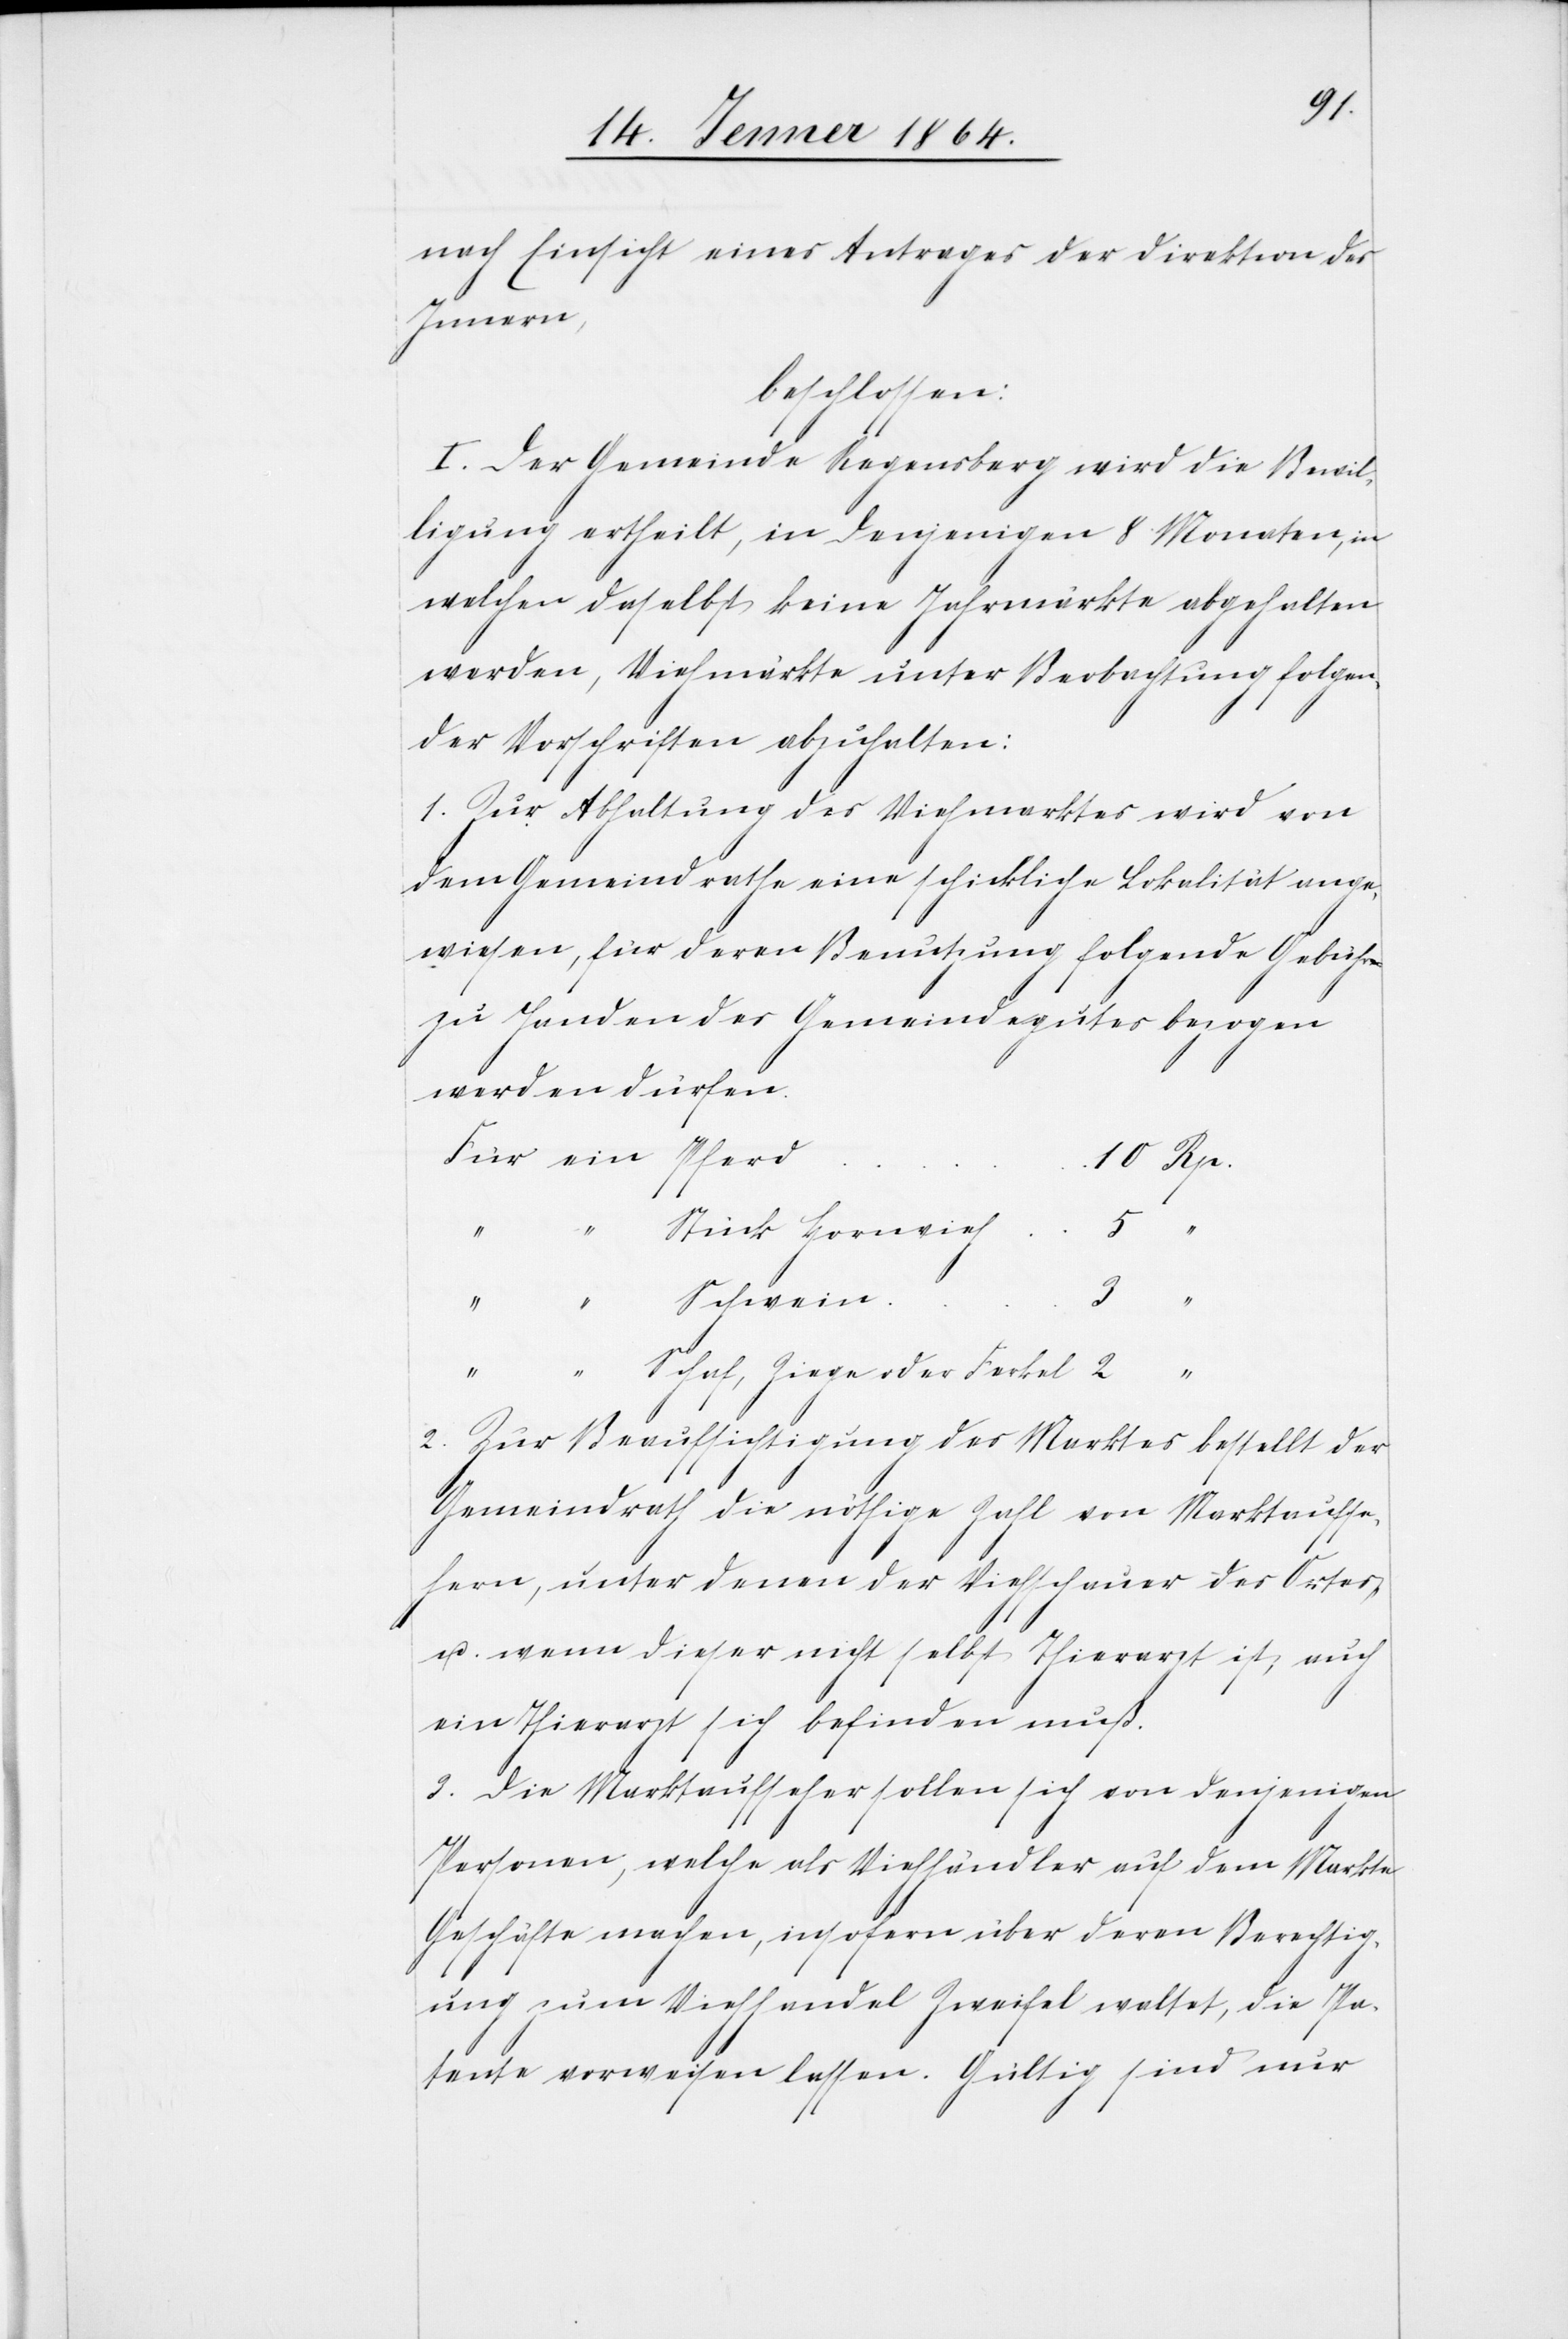
nach Einsicht eines Antrages der Direktion des
Innern,
beschlossen:
I. Der Gemeinde Regensberg wird die Bewil¬
ligung ertheilt, in denjenigen 8 Monaten, in
welchen daselbst keine Jahrmärkte abgehalten
werden, Viehmärkte unter Beobachtung folgen¬
der Vorschriften abzuhalten:
1. Zur Abhaltung des Viehmarktes wird von
dem Gemeindrathe eine schickliche Lokalität ange¬
wiesen, für deren Benutzung folgende Gebühren
zu Handen des Gemeindegutes bezogen
werden dürfen.
Für ein 	Pfer¬
d	10 Rp.
5 “
2. Zur Beaufsichtigung des Marktes bestellt der
Gemeindrath die nöthige Zahl von Marktaufse¬
hern, unter denen der Viehschauer des Ortes
u. wenn dieser nicht selbst Thierarzt ist, auch
ein Thierarzt sich befinden muß.
3. Die Marktaufseher sollen sich von denjenigen
Personen, welche als Viehhändler auf dem Markte
Geschäfte machen, insofern über deren Berechtig¬
ung zum Viehhandel Zweifel waltet, die Pa¬
tente vorweisen lassen. Gültig sind nur